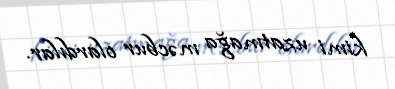
kimi uzatmağa məcbur olardılar.